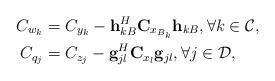
LaTeX: \begin{align*}C_{w_k}&=C_{y_k}-{\bf h}^{H}_{kB}{\bf C}_{x_{B_k}}{\bf h}_{kB},\forall k\in\mathcal{C},\\C_{q_j}&=C_{z_j}-{\bf g}^{H}_{jl}{\bf C}_{x_{l}}{\bf g}_{jl}, \forall j\in\mathcal{D},\end{align*}